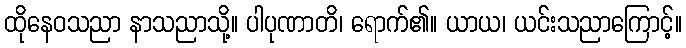
ထိုနေဝသညာ နာသညာသို့။ ပါပုဏာတိ၊ ရောက်၏။ ယာယ၊ ယင်းသညာကြောင့်။